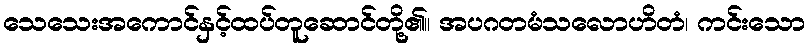
သေသေးအကောင်နှင့်ထပ်တူဆောင်တို့၏။ အပဂတမံသလောဟိတံ၊ ကင်းသော